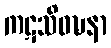
ကဋသိဝဍ္ဎနာ